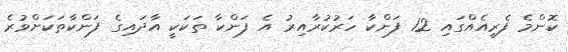
ކޮންމެ ފެރީއެއްގައި 12 ފަންކާ ހަރުކުރާއިރު އެ ފަންކާ ތަކަކީ އާދައިގެ ފަންކާތަކަށްވުރެ